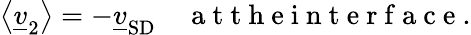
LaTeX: \left\langle\underline{{v}}_{2}\right\rangle=-\underline{{v}}_{\mathrm{SD}}\quad\mathrm{~a~t~t~h~e~i~n~t~e~r~f~a~c~e~}.